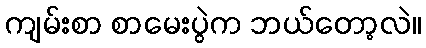
ကျမ်းစာ စာမေးပွဲက ဘယ်တော့လဲ။